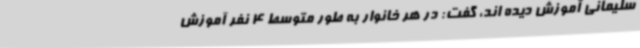
سلیمانی آموزش دیده اند، گفت: در هر خانوار به طور متوسط 4 نفر آموزش